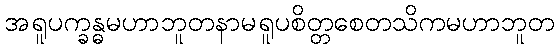
အရူပက္ခန္ဓမဟာဘူတနာမရူပစိတ္တစေတသိကမဟာဘူတ